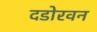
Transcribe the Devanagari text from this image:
दिंडोरवन